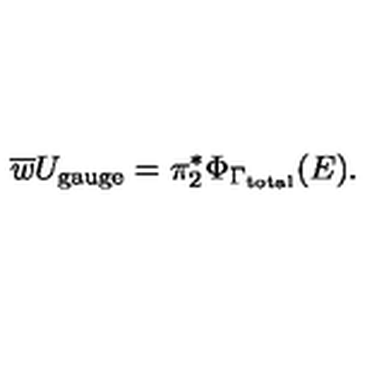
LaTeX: \overline { { w } } U _ { \mathrm { g a u g e } } = \pi _ { 2 } ^ { * } \Phi _ { \Gamma _ { \mathrm { t o t a l } } } ( E ) .